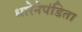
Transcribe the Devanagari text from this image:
धारेनेपंडिता